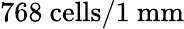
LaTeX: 768~\mathrm{cells}/1~\mathrm{mm}